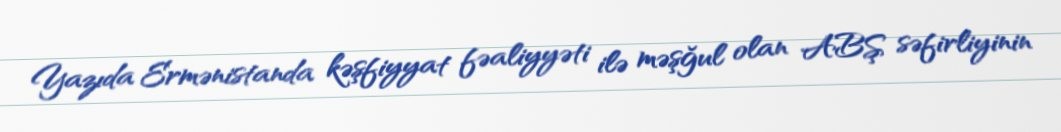
Yazıda Ermənistanda kəşfiyyat fəaliyyəti ilə məşğul olan ABŞ səfirliyinin